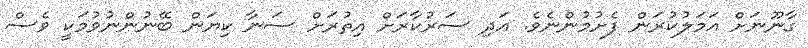
ގާނޫނަށް އަމަލުކުރަން ފެށުމުންނެވެ. އަދި ސަރުކާރަށް އިތުރަށް ސަނާ ކިޔަން ބޭނުންނުވުމަކީ ވެސް